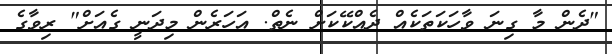
"ދެން މާ ގިނަ ވާހަކަތަކެއް ދެއްކޭކަށް ނެތް. އަހަރެން މިދަނީ ގެއަށް" ރިވާގެ